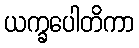
ယက္ခပေါတိကာ